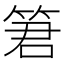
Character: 䇹